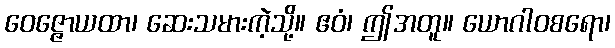
ဝေဇ္ဇောယထာ၊ ဆေးသမားကဲ့သို့။ ဧဝံ၊ ဤအတူ။ ယောဂါဝစရော၊